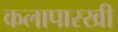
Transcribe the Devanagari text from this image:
कलापारखी